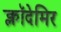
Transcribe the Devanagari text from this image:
क्लॉदेमिर